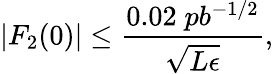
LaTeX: |F_{2}(0)|\leq{\frac{0.02\; pb^{-1/2}}{\sqrt{L\epsilon}}},